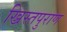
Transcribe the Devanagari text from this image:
ख्रिस्तपुराण